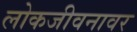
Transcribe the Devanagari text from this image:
लोकजीवनावर